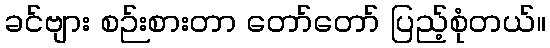
ခင်ဗျား စဉ်းစားတာ တော်တော် ပြည့်စုံတယ်။